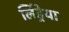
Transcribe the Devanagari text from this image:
लिंड्रेया